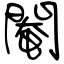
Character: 閹